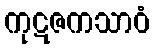
ကုဋဇကသာဝံ